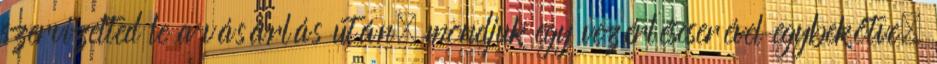
szervizelted le a vásárlás után, mondjuk egy vezérléscserével egybekötve.